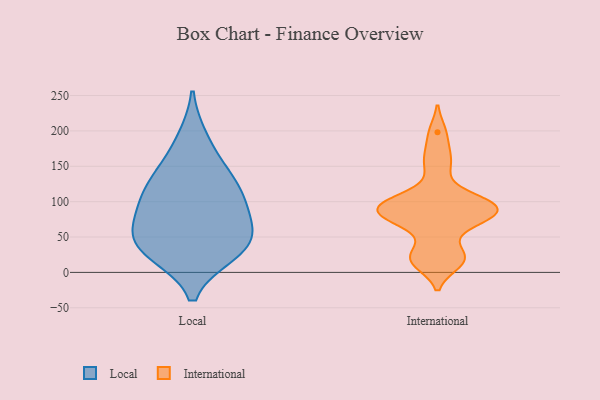
{"axis": {"x": "Market Share (%)", "y": "Value"}, "legend": ["International", "Local"], "data": [{"x": "", "y": 60, "type": "Local"}, {"x": "", "y": 27, "type": "Local"}, {"x": "", "y": 109, "type": "Local"}, {"x": "", "y": 189, "type": "Local"}, {"x": "", "y": 135, "type": "Local"}, {"x": "", "y": 145, "type": "Local"}, {"x": "", "y": 98, "type": "Local"}, {"x": "", "y": 66, "type": "Local"}, {"x": "", "y": 101, "type": "Local"}, {"x": "", "y": 28, "type": "Local"}, {"x": "", "y": 43, "type": "Local"}, {"x": "", "y": 39, "type": "Local"}, {"x": "", "y": 166, "type": "International"}, {"x": "", "y": 71, "type": "International"}, {"x": "", "y": 89, "type": "International"}, {"x": "", "y": 72, "type": "International"}, {"x": "", "y": 198, "type": "International"}, {"x": "", "y": 85, "type": "International"}, {"x": "", "y": 13, "type": "International"}, {"x": "", "y": 92, "type": "International"}, {"x": "", "y": 147, "type": "International"}, {"x": "", "y": 94, "type": "International"}, {"x": "", "y": 28, "type": "International"}, {"x": "", "y": 15, "type": "International"}, {"x": "", "y": 24, "type": "International"}, {"x": "", "y": 74, "type": "International"}, {"x": "", "y": 103, "type": "International"}, {"x": "", "y": 95, "type": "International"}, {"x": "", "y": 103, "type": "International"}]}